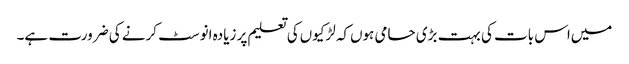
میں‌اس بات کی بہت بڑی حامی ہوں‌کہ لڑکیوں‌کی تعلیم پر زیادہ انوسٹ کرنے کی ضرورت ہے۔